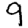
Digit: 9